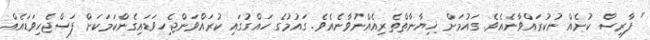
" ފާރިސް ކުށެއް ނުކުރައްވާނެއެވެ. ގައުމަށް ޚިޔާނާތްތެރިއެއްނުވާނެއެވެ. ގައުމުގެ ހައްގުގައި ކުރައްވަންޖެހިވަޑައިގެންކަމަކަށް ފަސްޖެހިވަޑައެއް